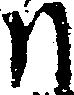
日